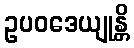
ဥပဝဒေယျုန္တိ